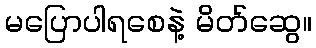
မပြောပါရစေနဲ့ မိတ်ဆွေ။